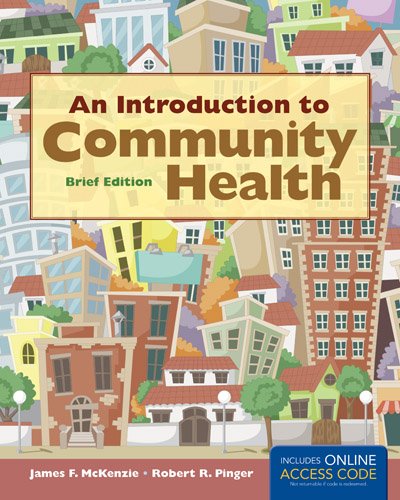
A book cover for An Introduction to Community Health Brief Edition; James F. McKenzie; Medical Books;